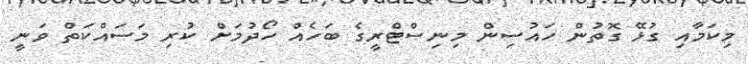
މިކަމާއި ގުޅޭ ގޮތުން ހައުސިން މިނިސްޓްރީގެ ބަހެއް ހޯދުމަށް ކުރި މަސައްކަތް ވަނީ